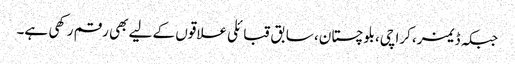
جبکہ ڈیمز، کراچی، بلوچستان، سابق قبائلی علاقوں کے لیے بھی رقم رکھی ہے۔